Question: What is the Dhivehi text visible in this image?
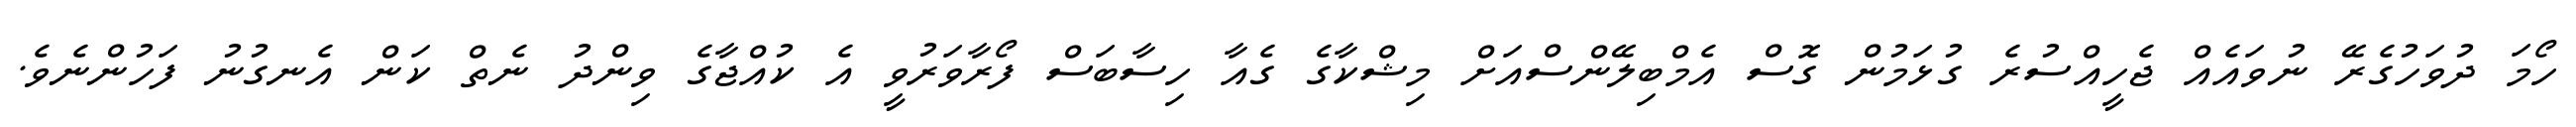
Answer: ހޯމަ ދުވަހުގެރޭ ނުވައެއް ޖެހީއްސުރެ ގުޅަމުން ގޮސް އެމްބިލޭންސްއަށް މިޝްކާގެ ގެއާ ހިސާބަސް ފޯރާވަރުވީ އެ ކުއްޖާގެ ވިންދު ނެތް ކަން އެނގުނު ފަހުންނެވެ.